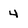
Character: 4